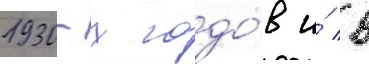
1930-х годо́в и́ в